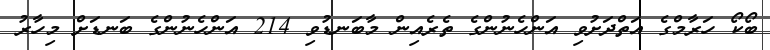
ބޯކޯ ހަރާމްގެ އަތްދަށުވި އަންހެނުންގެ ތެރެއިން މާބަނޑުވި 214 އަންހެނުންގެ ބަނޑަށް މިހާރު